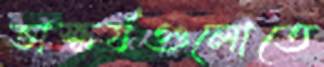
ভাস্কর্যগুলোতে